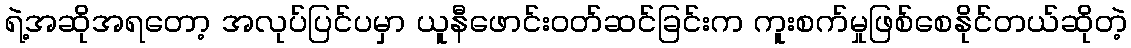
ရဲ့အဆိုအရတော့ အလုပ်ပြင်ပမှာ ယူနီဖောင်းဝတ်ဆင်ခြင်းက ကူးစက်မှုဖြစ်စေနိုင်တယ်ဆိုတဲ့